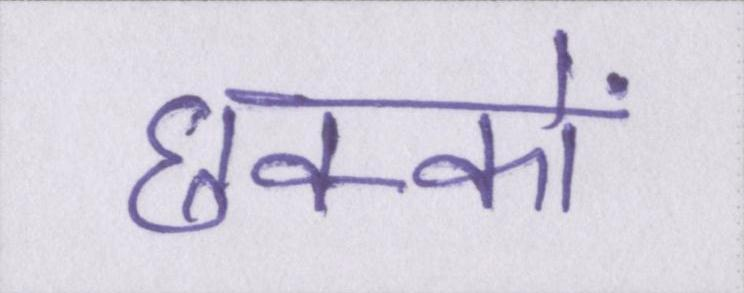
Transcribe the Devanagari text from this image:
छक्कों